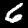
Digit: 6